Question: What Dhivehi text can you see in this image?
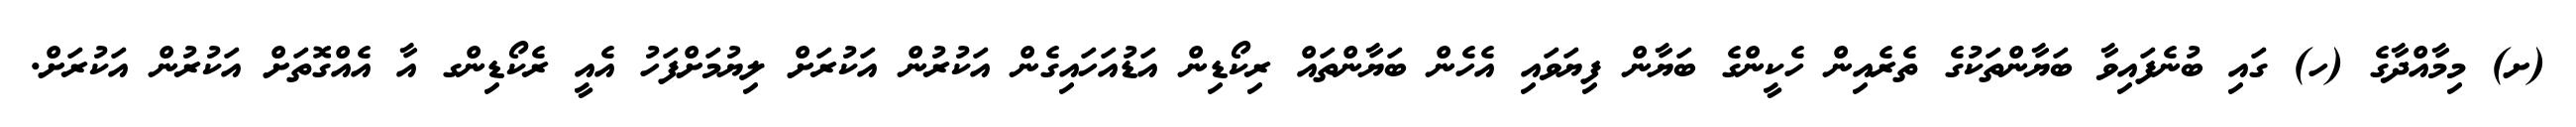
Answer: (ށ) މިމާއްދާގެ (ހ) ގައި ބުނެފައިވާ ބަޔާންތަކުގެ ތެރެއިން ހެކީންގެ ބަޔާން ފިޔަވައި އެހެން ބަޔާންތައް ރިކޯޑިން އަޑުއަހައިގެން އަކުރުން އަކުރަށް ލިޔުމަށްފަހު އެއީ ރެކޯޑިންގ އާ އެއްގޮތަށް އަކުރުން އަކުރަށް.